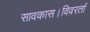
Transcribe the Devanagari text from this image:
सावकास।विवरतां